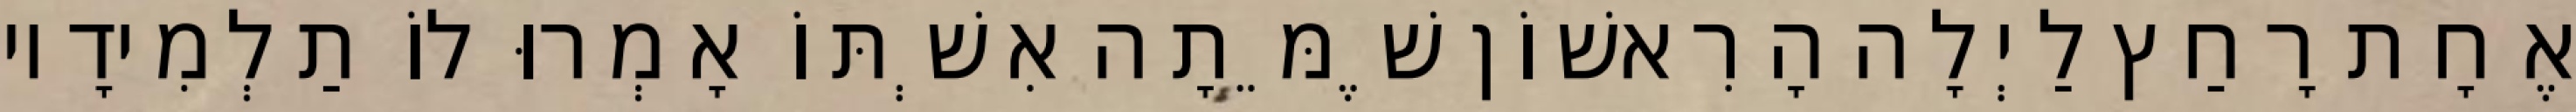
אֶחָת רָחַץ לַיְלָה הָרִאשׁוֹן שֶׁמֵּתָה אִשְׁתּוֹ אָמְרוּ לוֹ תַלְמִידָיו